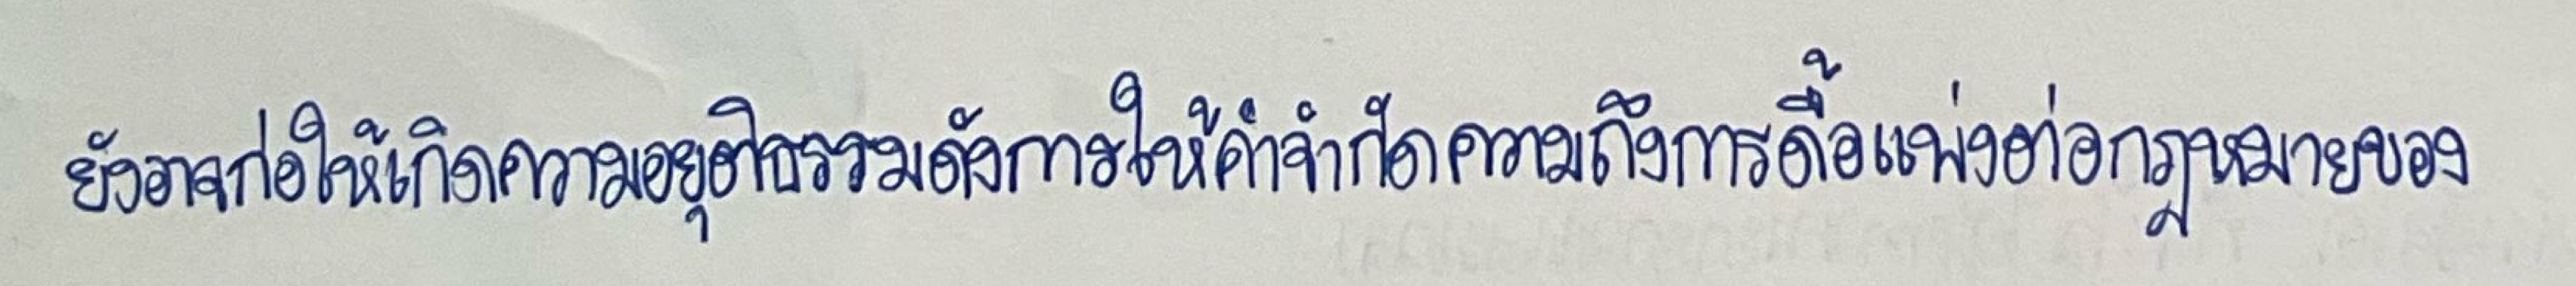
ยังอาจก่อให้เกิดความอยุติธรรมดังการให้คำจำกัดความถึงการดื้อแพ่งต่อกฎหมายของ